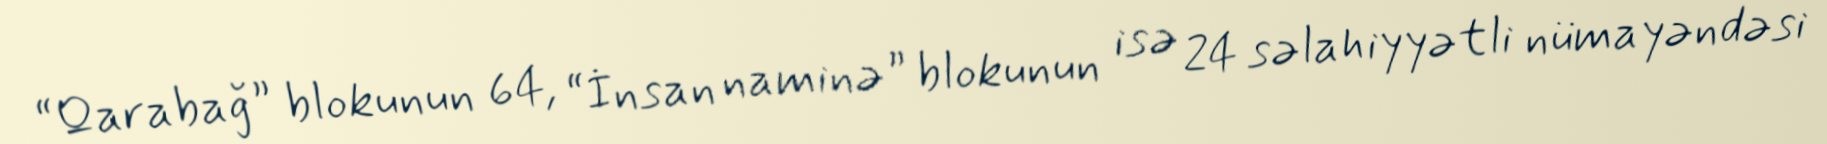
“Qarabağ” blokunun 64, “İnsan naminə” blokunun isə 24 səlahiyyətli nümayəndəsi